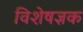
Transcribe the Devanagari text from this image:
विशेषज्ञक